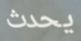
يحدث